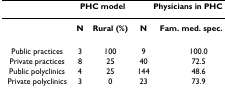
<table><thead><tr><td></td><td colspan="2"><b>PHC model</b></td><td colspan="2"><b>Physicians in PHC</b></td></tr></thead><tbody><tr><td></td><td><b>N</b></td><td><b>Rural (%)</b></td><td><b>N</b></td><td><b>Fam. med. spec. (%)</b></td></tr><tr><td>Public practices</td><td>3</td><td>100</td><td>9</td><td>100.0</td></tr><tr><td>Private practices</td><td>8</td><td>25</td><td>40</td><td>72.5</td></tr><tr><td>Public polyclinics</td><td>4</td><td>25</td><td>144</td><td>48.6</td></tr><tr><td>Private polyclinics</td><td>3</td><td>0</td><td>23</td><td>73.9</td></tr></tbody></table>